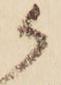
候